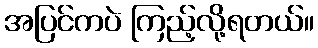
အပြင်ကပဲ ကြည့်လို့ရတယ်။